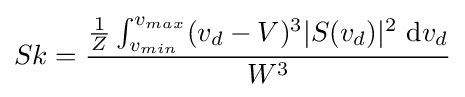
Sk={\frac {{\frac {1}{Z}}\int _{v_{min}}^{v_{max}}(v_{d}-V)^{3}|S(v_{d})|^{2}~\mathrm {d} v_{d}}{W^{3}}}